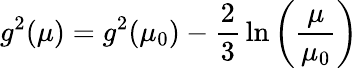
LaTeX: g^{2}(\mu)=g^{2}(\mu_{0})-{\frac{2}{3}}\ln\left({\frac{\mu}{\mu_{0}}}\right)